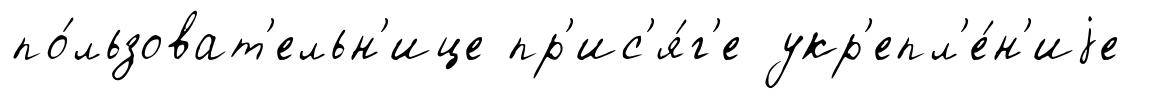
по́льзоват'ельн'ице пр'ис'я́г'е укр'епл'е́н'иjе